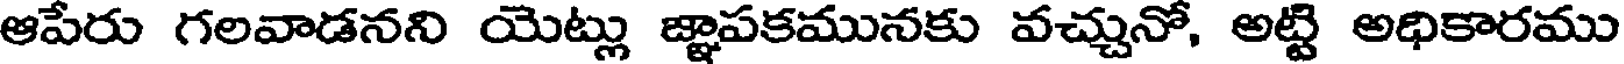
ఆపేరు గలవాడనని యెట్లు జ్ఞాపకమునకు వచ్చునో, అట్టి అధికారము